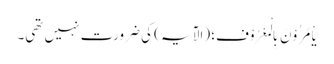
یَاْمُرُوْنَ بِالْمَعْرُوْفِ؛ (الآیہ) کی ضرورت نہیں تھی۔